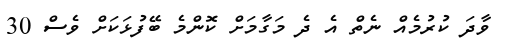
ވާދަ ކުރުމެއް ނެތް އެ ދެ މަގާމަށް ކޮންމެ ބޭފުޅަކަށް ވެސް 30